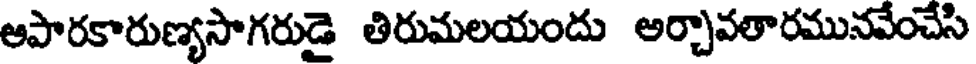
ఆపారకారుణ్యసాగరుడై తిరుమలయందు అర్చావతారమునవేంచేసి